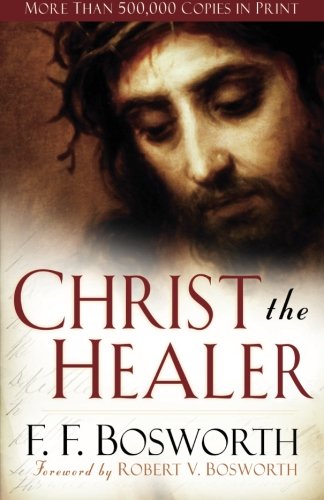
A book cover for Christ the Healer; F. F. Bosworth; Christian Books & Bibles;